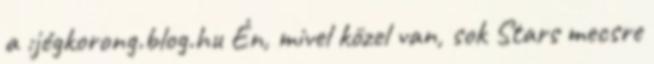
a :jégkorong.blog.hu Én, mivel közel van, sok Stars mecsre